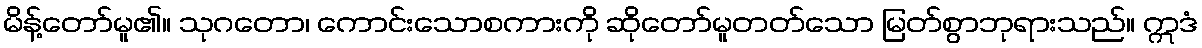
မိန့်တော်မူ၏။ သုဂတော၊ ကောင်းသောစကားကို ဆိုတော်မူတတ်သော မြတ်စွာဘုရားသည်။ ဣဒံ